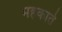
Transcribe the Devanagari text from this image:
महकाते